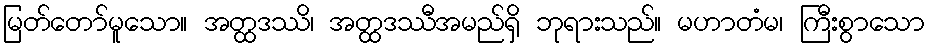
မြတ်တော်မူသော။ အတ္ထဒဿိ၊ အတ္ထဒဿီအမည်ရှိ ဘုရားသည်။ မဟာတံမ၊ ကြီးစွာသော